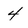
Character: 4